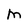
Character: M